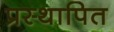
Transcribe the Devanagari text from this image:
प्रस्‍थापित